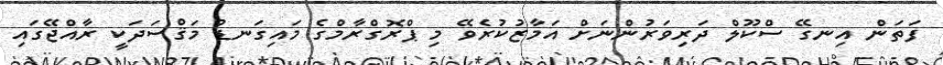
ފަތަން އިނގޭ ސްކޫލް ދަރިވަރުންނަށް އަމާޒުކުރެވޭ މި ޕްރޮގްރާމްގެ މައިގަނޑު މަޤްސަދަކީ ރާއްޖޭގައި